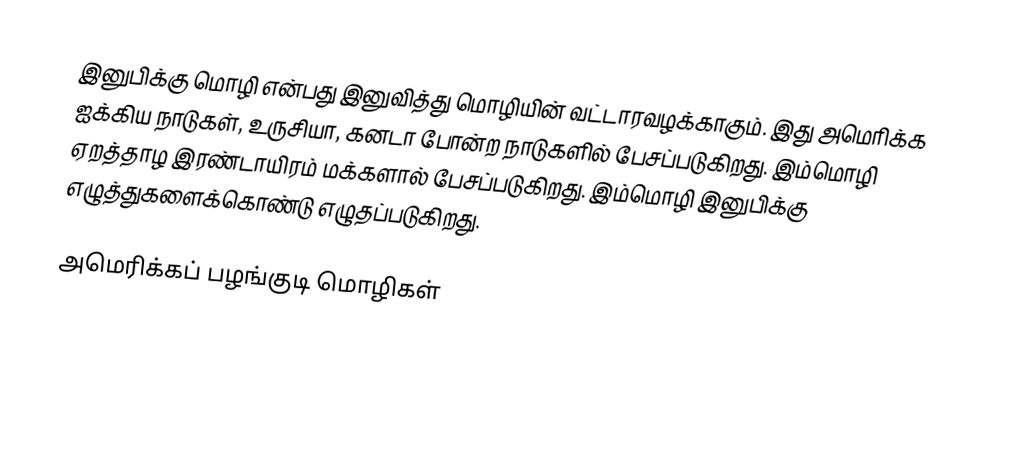
இனுபிக்கு மொழி என்பது இனுவித்து மொழியின் வட்டாரவழக்காகும். இது அமெரிக்க ஐக்கிய நாடுகள், உருசியா, கனடா போன்ற நாடுகளில் பேசப்படுகிறது. இம்மொழி ஏறத்தாழ இரண்டாயிரம் மக்களால் பேசப்படுகிறது. இம்மொழி இனுபிக்கு எழுத்துகளைக்கொண்டு எழுதப்படுகிறது.

அமெரிக்கப் பழங்குடி மொழிகள்